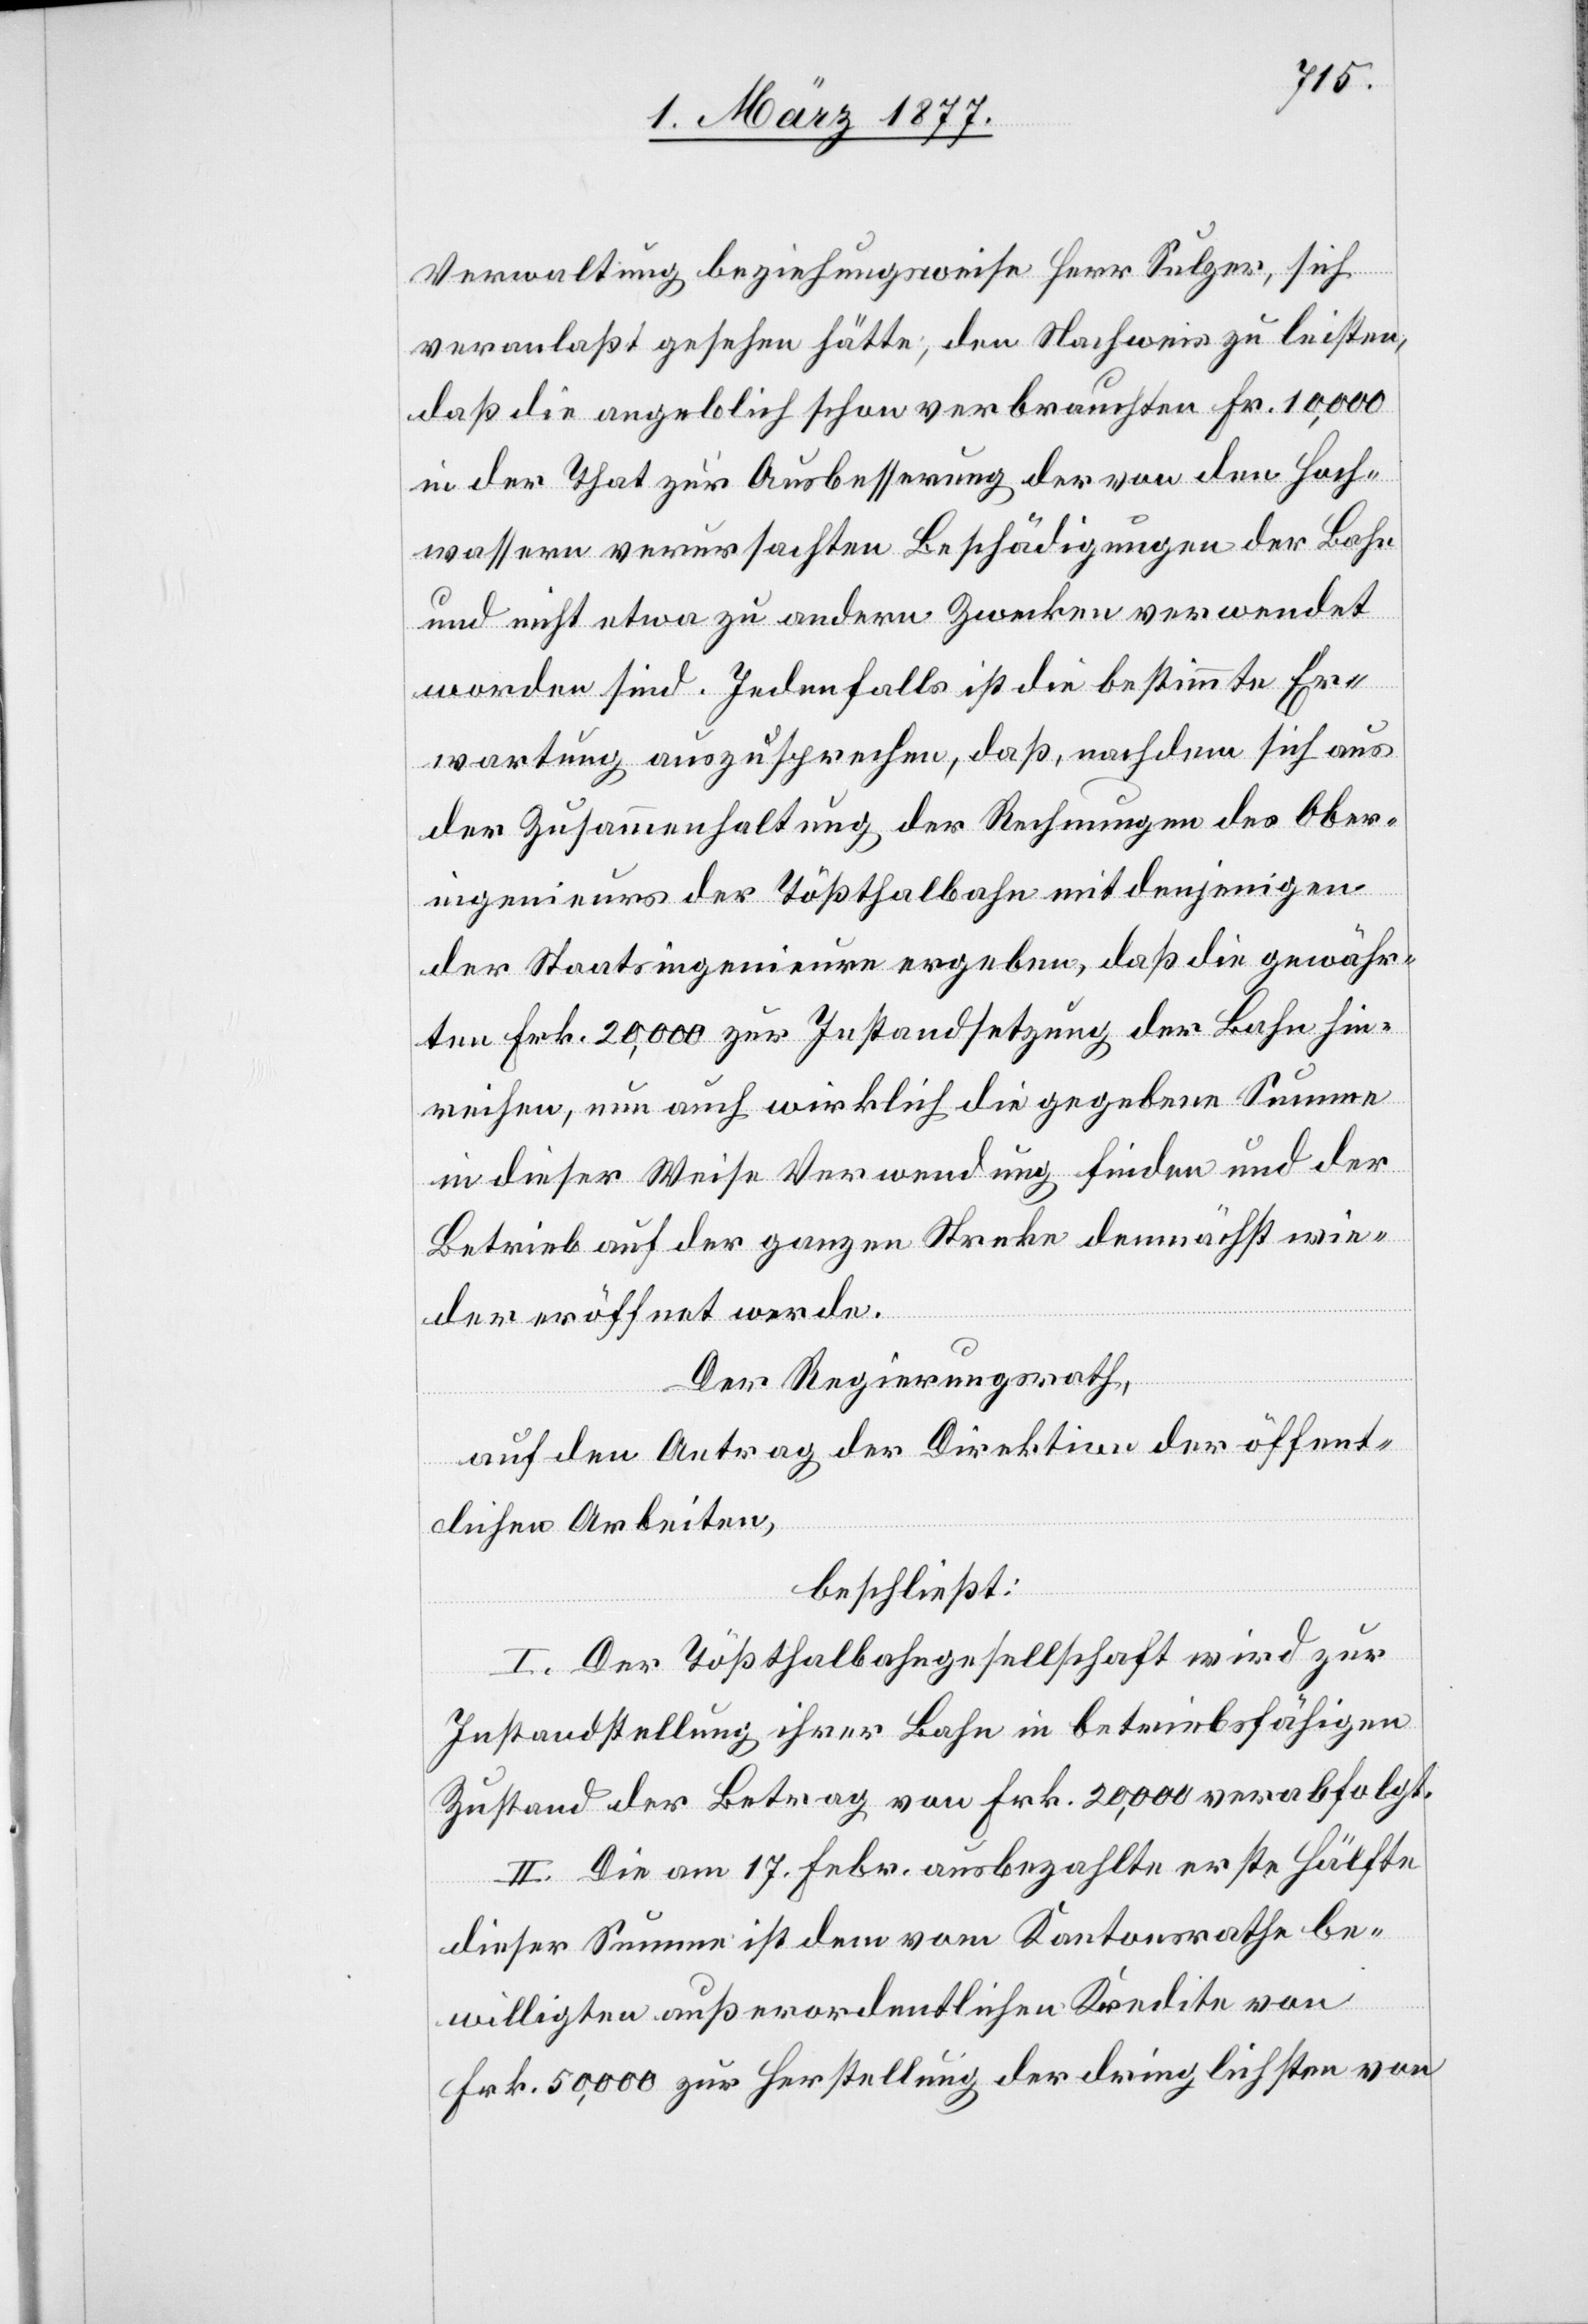
Verwaltung, beziehungsweise Herr Sulzer, sich
veranlaßt gesehen hätte, den Nachweis zu leisten,
daß die angeblich schon verbrauchten Fr. 10,000
in der That zur Ausbesserung der von den Hoch¬
wassern verursachten Beschädigungen der Bahn
und nicht etwa zu andern Zwecken verwendet
worden sind. Jedenfalls ist die bestimmte Er¬
wartung auszusprechen, daß, nachdem sich aus
der Zusammenhaltung der Rechnungen des Ober¬
ingenieurs der Tößthalbahn mit denjenigen
der Staatsingenieure ergeben, daß die gewähr¬
ten Frk. 20,000 zur Instandsetzung der Bahn hin¬
reichen, nun auch wirklich die gegebene Summe
in dieser Weise Verwendung finden und der
Betrieb auf der ganzen Strecke demnächst wie¬
der eröffnet werde.
Der Regierungsrath,
auf den Antrag der Direktion der öffent¬
lichen Arbeiten,
beschließt:
I. Der Tößthalbahngesellschaft wird zur
Instandstellung ihrer Bahn in betriebsfähigen
Zustand der Betrag von Frk. 20,000 verabfolgt.
II. Die am 17. Febr. ausbezahlte erste Hälfte
dieser Summe ist dem vom Kantonsrathe be¬
willigten außerordentlichen Kredite von
Frk. 50,000 zur Herstellung der dringlichsten von